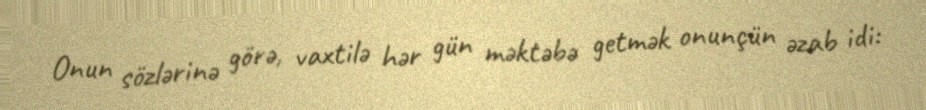
Onun sözlərinə görə, vaxtilə hər gün məktəbə getmək onunçün əzab idi: